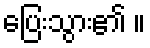
ပြေးသွား၏ ။